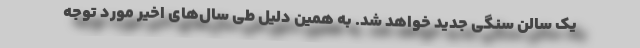
یک سالن سنگی جدید خواهد شد. به همین دلیل طی سال‌های اخیر مورد توجه